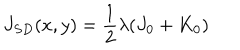
J _ { S D } ( x , y ) = \frac { 1 } { 2 } \lambda ( J _ { 0 } + K _ { 0 } )